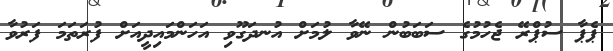
ޕެޕާ ސުޕްރޭ ޖެހުމުގެ ސަބަބުން ނޭވާ ލުމަށް އުނދަގޫވި އަހަންމައިދީއަށް ފުރަތަމަ ފަރުވާ